Preliminary report on an investigation into the etiology of Oriental sore in Cambay - Number 50
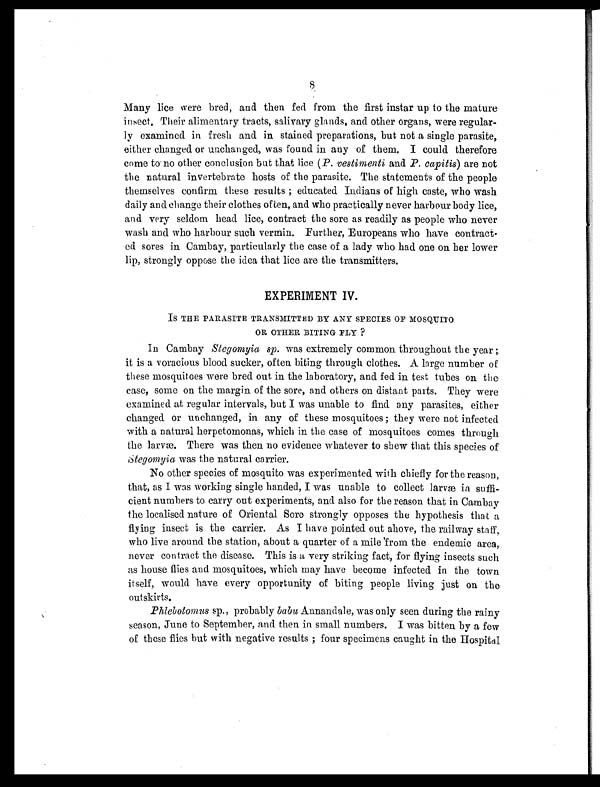
8
Many lice were bred, and then fed from the first instar up to the mature
insect. Their alimentary tracts, salivary glands, and other organs, were regular
-ly examined in fresh and in stained preparations, but not a single parasite,
either changed or unchanged, was found in any of them. I could therefore
come to no other conclusion but that lice ( P. vestimenti and P. capitis) are not
the natural invertebrate hosts of the parasite. The statements of the people
themselves confirm these results ; educated Indians of high caste, who wash
daily and change their clothes often, and who practically never harbour body lice,
and very seldom head lice, contract the sore as readily as people who never
wash and who harbour such vermin. Further, Europeans who have contract
-ed sores in Cambay, particularly the case of a lady who had one on her lower
lip, strongly oppose the idea that lice are the transmitters.
EXPERIMENT IV.
IS THE PARASITE TRANSMITTED BY ANY SPECIES OF MOSQUITO
OR OTHER BITING FLY ?
In Cambay Stegomyia sp . was extremely common throughout the year
;it is a voracious blood sucker, often biting through clothes. A large number of
these mosquitoes were bred out in the laboratory, and fed in test tubes on the
case, some on the margin of the sore, and others on distant parts. They were
examined at regular intervals, but I was unable to find any parasites, either
changed or unchanged, in any of these mosquitoes ; they were not infected
with a natural herpetomonas, which in the case of mosquitoes comes through
the larvæ. There was then no evidence whatever to shew that this species of
Stegomyia was the natural carrier.
No other species of mosquito was experimented with chiefly for the reason,
that, as I was working single handed, I was unable to collect larvæ in suf
f i - c i e n t n u m b e r s t o c a r r y o u t e x p e r i m e n t s , a n d a l s o f o r t h e r e a s o n t h a t i n C a m b a y
the localised nature of Oriental Sore strongly opposes the hypothesis that a
flying insect is the carrier. As I have pointed out ahove, the railway staff,
who live around the station, about a quarter of a mile from the endemic area,
never contract the disease. This is a very striking fact, for flying insects such
as house flies and mosquitoes, which may have become infected in the town
itself, would have every opportunity of biting people living just on the
outskirts.
Phlebotomus sp., probably baba Annandale, was only seen during the rainy
season, June to September, and then in small numbers. I was bitten by a few
of these flies hut with negative results ; four specimens caught in the Hospital